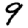
Digit: 9